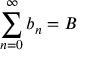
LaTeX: \sum _ { n = 0 } ^ { \infty } b _ { n } = B